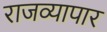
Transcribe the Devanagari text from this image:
राजव्यापार